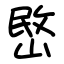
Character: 㟩